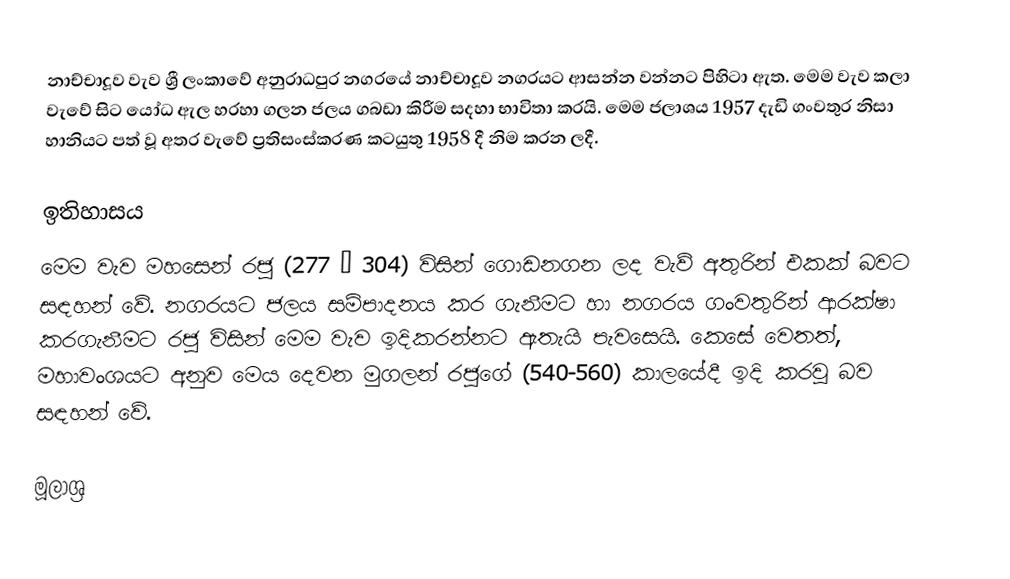
නාච්චාදූව වැව ශ්‍රී ලංකාවේ අනුරාධපුර නගරයේ නාච්චාදූව නගරයට ආසන්න වන්නට පිහිටා ඇත. මෙම වැව කලා වැවේ සිට යෝධ ඇල හරහා ගලන ජලය ගබ‍ඩා කිරීම සදහා භාවිතා කරයි. මෙම ජලාශය 1957  දැඩි ගංවතුර නිසා හානියට පත් වූ අතර වැවේ ප්‍රතිසංස්කරණ ක‍ටයුතු 1958 දී නිම කරන ලදී.

ඉතිහාසය
මෙම වැව මහසෙන් රජු (277 – 304)  විසින් ගොඩනගන ලද වැව් අතුරින් එකක් බවට සඳහන් වේ. නගරයට ජලය සම්පාදනය කර ගැනීමට හා නගරය ගංවතුරින් ආරක්ෂා කරගැනීමට රජු විසින් මෙම වැව ඉදිකරන්නට ඇතැයි පැවසෙයි. කෙසේ වෙතත්, මහාවංශයට අනුව මෙය දෙවන මුගලන් රජුගේ (540-560) කාලයේදී ඉදි කරවූ බව සඳහන් වේ.

මූලාශ්‍ර